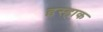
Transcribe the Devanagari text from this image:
इस्हाक